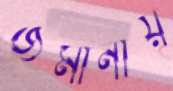
জমানায়